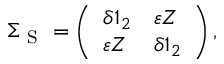
\Sigma _ { \mathrm { ~ S ~ } } = \left( \begin{array} { l l } { \delta \mathbb { 1 } _ { 2 } } & { \varepsilon Z } \\ { \varepsilon Z } & { \delta \mathbb { 1 } _ { 2 } } \end{array} \right) ,